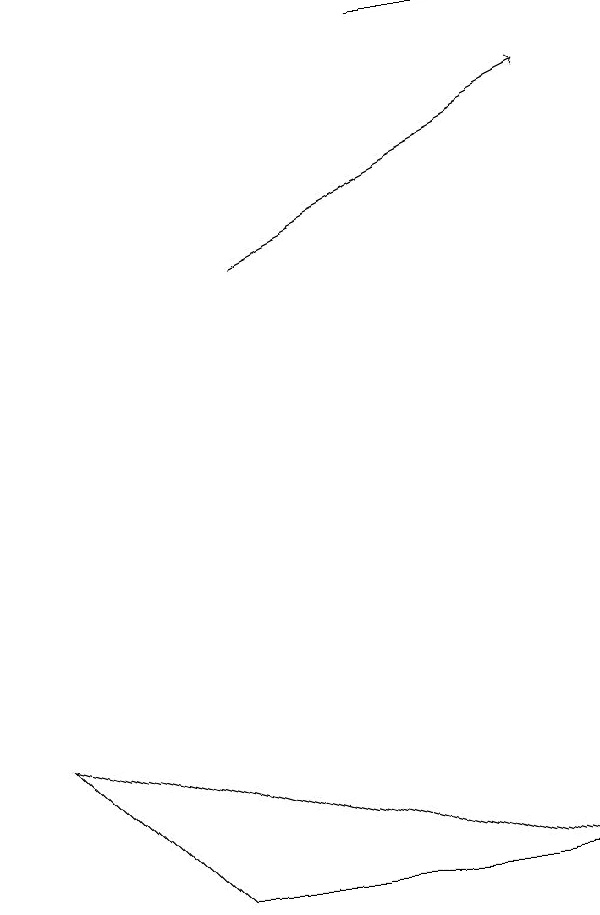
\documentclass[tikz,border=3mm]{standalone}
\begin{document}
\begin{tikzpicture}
\draw (6,18) rectangle (8,18);
\draw[->] (4,15) -- (8,17);
\draw (3,7) -- (1,9) -- (8,7) -- cycle;
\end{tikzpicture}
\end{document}